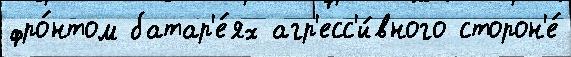
фро́нтом батар'е́ях агр'есс'и́вного сторон'е́